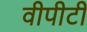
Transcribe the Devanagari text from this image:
वीपीटी